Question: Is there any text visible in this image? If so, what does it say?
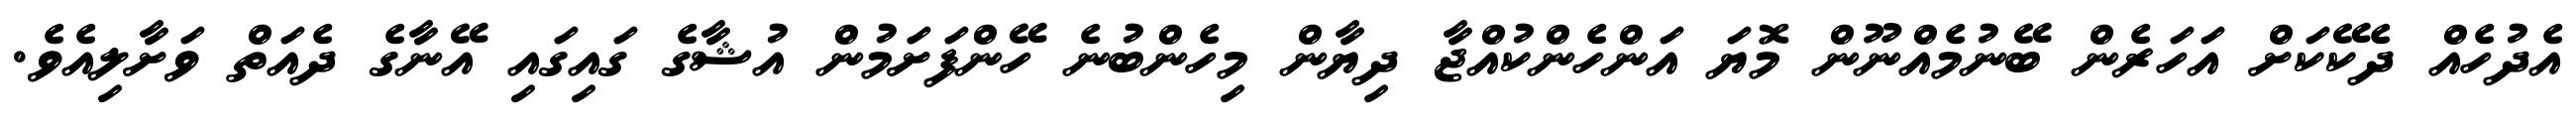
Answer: އެދުހެއް ދެކޭކަށް އަހަރެން ބޭނުމެއްނޫން މޮޔަ އަންހެންކުއްޖާ ދިޔާން މިހެންބުނެ ހޭންފަށަމުން އުޝާގެ ގައިގައި އޭނާގެ ދެއަތް ވަށާލިއެވެ.